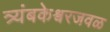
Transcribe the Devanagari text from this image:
त्र्यंबकेश्वरजवळ